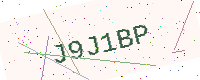
Text: J9J1BP